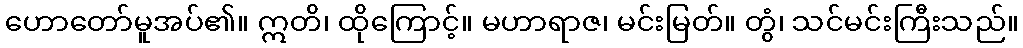
ဟောတော်မူအပ်၏။ ဣတိ၊ ထိုကြောင့်။ မဟာရာဇ၊ မင်းမြတ်။ တွံ၊ သင်မင်းကြီးသည်။